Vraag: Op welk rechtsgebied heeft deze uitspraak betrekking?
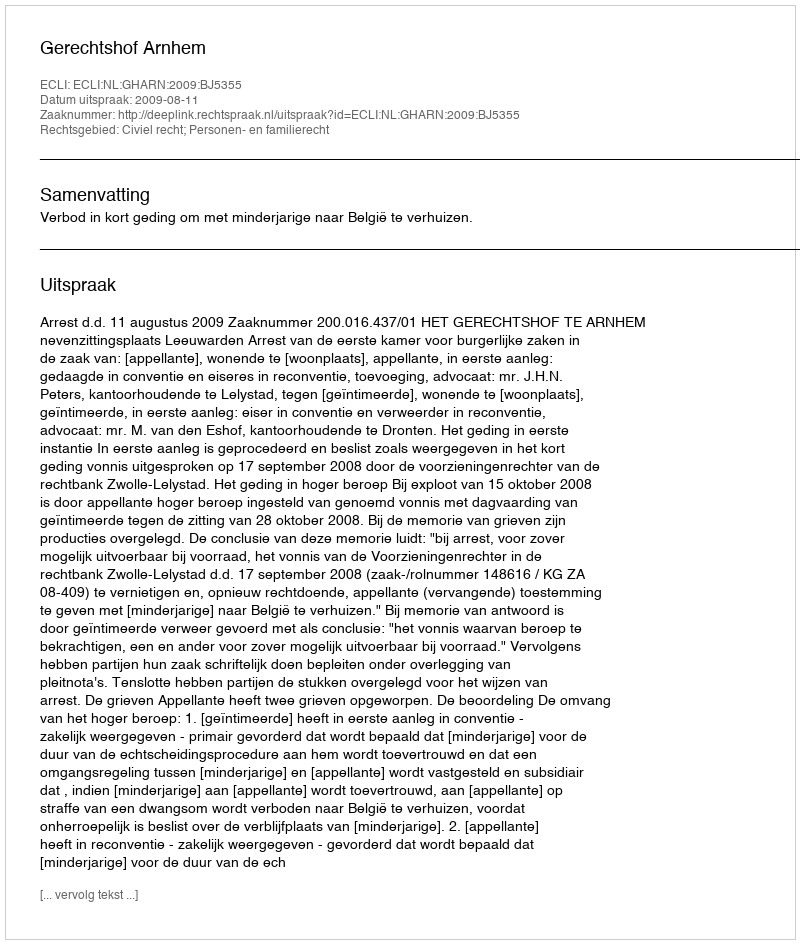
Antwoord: Civiel recht; Personen- en familierecht